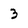
Character: 3